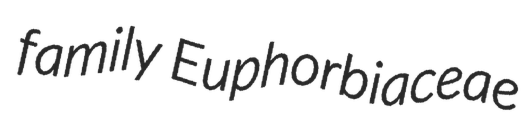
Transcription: family Euphorbiaceae